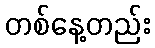
တစ်နေ့တည်း